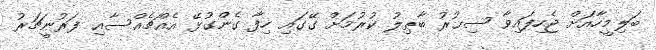
ބަލިމީހާއަށް ޖެހިފައިވާ ސިޙުރު ބާޠިލު ކުރުމަށް ގޭގައި ހިފާ ގެންގުޅޭ އެއްޗެއްސާއި ފަރުނީޗަރު